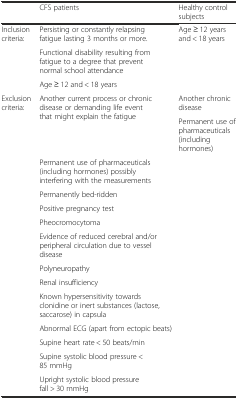
<table><thead><tr><td></td><td><b>CFS patients</b></td><td><b>Healthy control subjects</b></td></tr></thead><tbody><tr><td>Inclusion criteria:</td><td>Persisting or constantly relapsing fatigue lasting 3 months or more.</td><td>Age ≥ 12 years and &lt; 18 years</td></tr><tr><td></td><td>Functional disability resulting from fatigue to a degree that prevent normal school attendance</td><td></td></tr><tr><td></td><td>Age ≥ 12 and &lt; 18 years</td><td></td></tr><tr><td rowspan="2">Exclusion criteria:</td><td rowspan="2">Another current process or chronic disease or demanding life event that might explain the fatigue</td><td>Another chronic disease</td></tr><tr><td>Permanent use of pharmaceuticals (including hormones)</td></tr><tr><td></td><td>Permanent use of pharmaceuticals (including hormones) possibly interfering with the measurements</td><td></td></tr><tr><td></td><td>Permanently bed-ridden</td><td></td></tr><tr><td></td><td>Positive pregnancy test</td><td></td></tr><tr><td></td><td>Pheocromocytoma</td><td></td></tr><tr><td></td><td>Evidence of reduced cerebral and/or peripheral circulation due to vessel disease</td><td></td></tr><tr><td></td><td>Polyneuropathy</td><td></td></tr><tr><td></td><td>Renal insufficiency</td><td></td></tr><tr><td></td><td>Known hypersensitivity towards clonidine or inert substances (lactose, saccarose) in capsula</td><td></td></tr><tr><td></td><td>Abnormal ECG (apart from ectopic beats)</td><td></td></tr><tr><td></td><td>Supine heart rate &lt; 50 beats/min</td><td></td></tr><tr><td></td><td>Supine systolic blood pressure &lt; 85 mmHg</td><td></td></tr><tr><td></td><td>Upright systolic blood pressure fall &gt; 30 mmHg</td><td></td></tr></tbody></table>